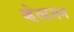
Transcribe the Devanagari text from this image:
व्हेल्टमन